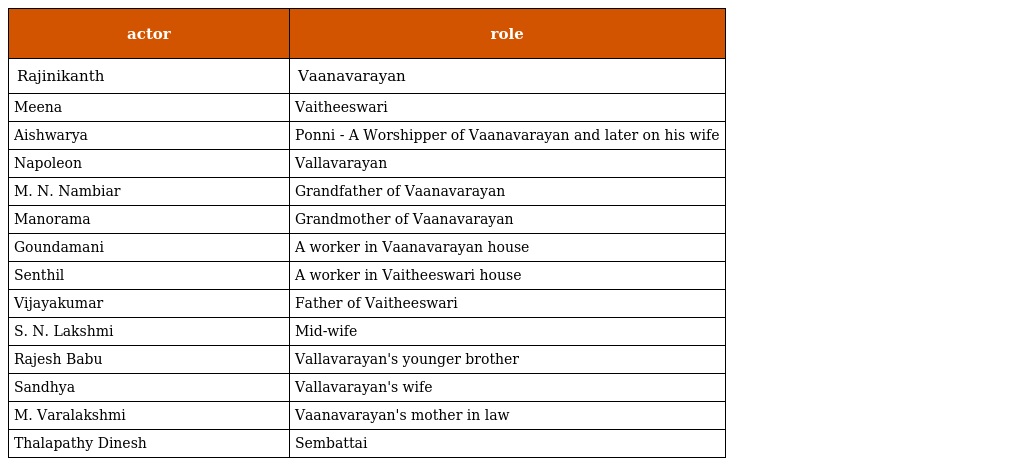
| actor | role |
 | --- | --- |
 | Rajinikanth | Vaanavarayan |
 | Meena | Vaitheeswari |
 | Aishwarya | Ponni - A Worshipper of Vaanavarayan and later on his wife |
 | Napoleon | Vallavarayan |
 | M. N. Nambiar | Grandfather of Vaanavarayan |
 | Manorama | Grandmother of Vaanavarayan |
 | Goundamani | A worker in Vaanavarayan house |
 | Senthil | A worker in Vaitheeswari house |
 | Vijayakumar | Father of Vaitheeswari |
 | S. N. Lakshmi | Mid-wife |
 | Rajesh Babu | Vallavarayan's younger brother |
 | Sandhya | Vallavarayan's wife |
 | M. Varalakshmi | Vaanavarayan's mother in law |
 | Thalapathy Dinesh | Sembattai |